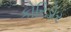
કોરિડોર